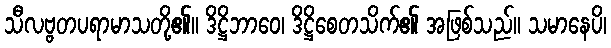
သီလဗ္ဗတပရာမာသတို့၏။ ဒိဋ္ဌိဘာဝေ၊ ဒိဋ္ဌိစေတသိက်၏ အဖြစ်သည်။ သမာနေပိ၊